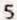
5